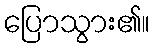
ပြောသွား၏။